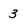
Character: 3